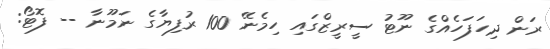
ރަން ދިހަފަހެއްގެ ނޫޓު ސީރީޒްގައި ހިމެނޭ 100 ރުފިޔާގެ ނަމޫނާ -- ފޮޓޯ: